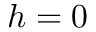
h = 0